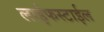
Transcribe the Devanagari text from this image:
लाईफस्टाईल